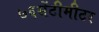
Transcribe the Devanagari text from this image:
७६सेंटीमीटर